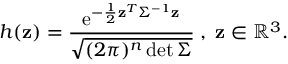
h ( \mathbf { z } ) = \frac { \mathrm { e } ^ { - \frac { 1 } { 2 } \mathbf { z } ^ { T } \Sigma ^ { - 1 } \mathbf { z } } } { \sqrt { ( 2 \pi ) ^ { n } \operatorname* { d e t } \Sigma } } \; , \; \mathbf { z } \in \mathbb { R } ^ { 3 } .